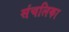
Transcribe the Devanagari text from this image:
संचलिका